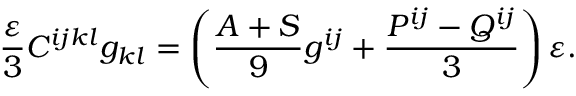
\frac { \varepsilon } 3 C ^ { i j k l } g _ { k l } = \left( \frac { A + S } 9 g ^ { i j } + \frac { P ^ { i j } - Q ^ { i j } } 3 \right) \varepsilon .